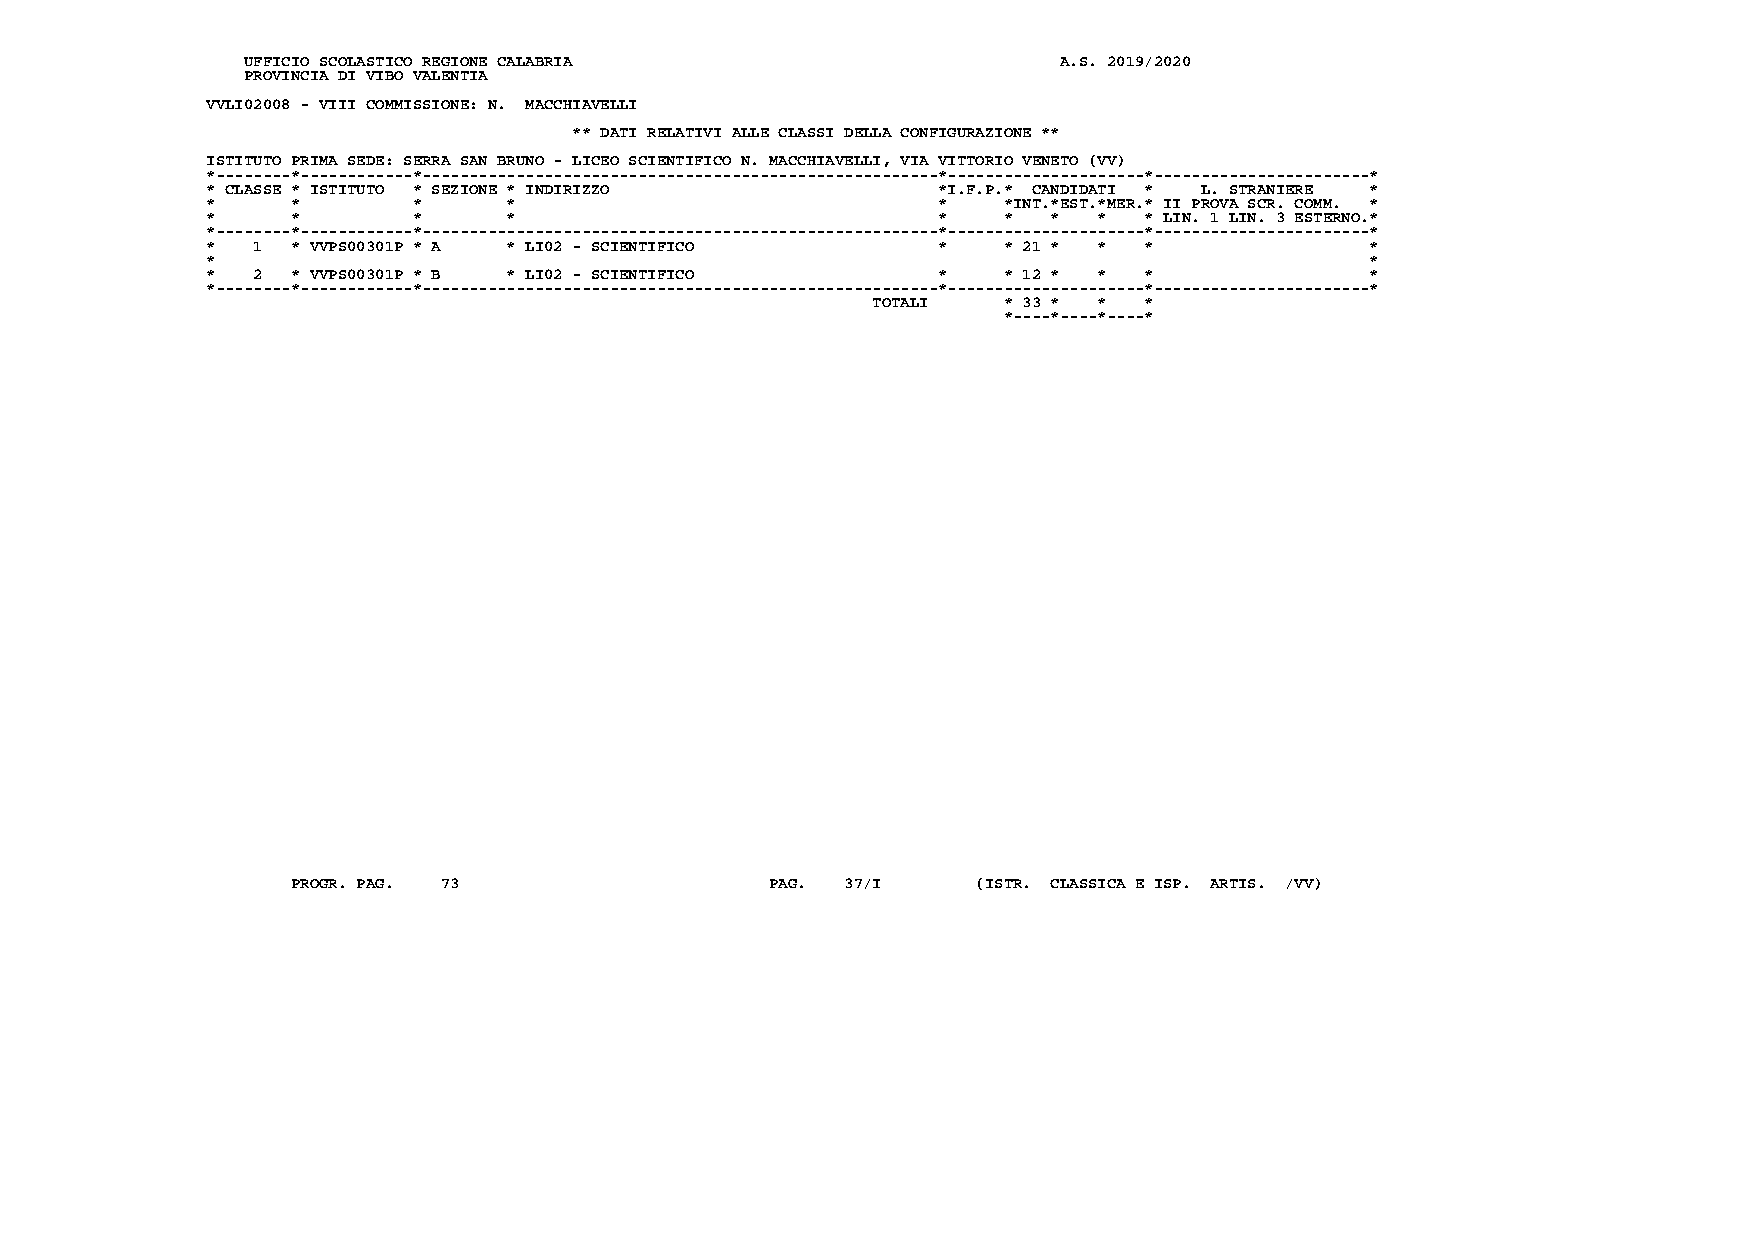
UFFICIO SCOLASTICO REGIONE CALABRIA                   A.S. 2019/2020
 PROVINCIA DI VIBO VALENTIA
 VVLI02008 - VIII COMMISSIONE: N. MACCHIAVELLI
 ** DATI RELATIVI ALLE CLASSI DELLA CONFIGURAZIONE **
 ISTITUTO PRIMA SEDE: SERRA SAN BRUNO - LICEO SCIENTIFICO N. MACCHIAVELLI, VIA VITTORIO VENETO (VV)
 *--------*------------*-------------------------------------------------------*---------------------*-----------------------*
 * CLASSE * ISTITUTO * SEZIONE * INDIRIZZO       *I.F.P.* CANDIDATI * L. STRANIERE *
 *    *       *      *                           *   *INT.*EST.*MER.* II PROVA SCR. COMM. *
 *    *       *      *                           *   *   *  *  * LIN. 1 LIN. 3 ESTERNO.*
 *--------*------------*-------------------------------------------------------*---------------------*-----------------------*
 *  1 * VVPS00301P * A * LI02 - SCIENTIFICO      *   * 21 * *  *              *
 *                                                                            *
 *  2 * VVPS00301P * B * LI02 - SCIENTIFICO      *   * 12 * *  *              *
 *--------*------------*-------------------------------------------------------*---------------------*-----------------------*
 TOTALI  * 33 * *  *
 *----*----*----*
 PROGR. PAG. 73                  PAG. 37/I     (ISTR. CLASSICA E ISP. ARTIS. /VV)